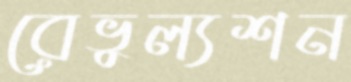
রেভুল্যশন